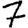
Digit: 7